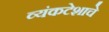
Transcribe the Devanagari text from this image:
व्यंकटेशाचे